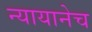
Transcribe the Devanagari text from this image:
न्यायानेच